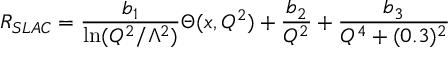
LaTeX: R _ { S L A C } = { \frac { b _ { 1 } } { \ln ( Q ^ { 2 } / \Lambda ^ { 2 } ) } } \Theta ( x , Q ^ { 2 } ) + { \frac { b _ { 2 } } { Q ^ { 2 } } } + { \frac { b _ { 3 } } { Q ^ { 4 } + ( 0 . 3 ) ^ { 2 } } }